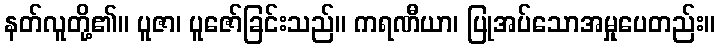
နတ်လူတို့၏။ ပူဇာ၊ ပူဇော်ခြင်းသည်။ ကရဏီယာ၊ ပြုအပ်သောအမှုပေတည်း။